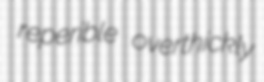
reperible overthickly